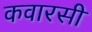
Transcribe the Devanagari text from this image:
कवारसी